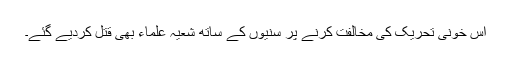
اس خونی تحریک کی مخالفت کرنے پر سنیوں کے ساتھ شعیہ علماء بھی قتل کردیے گئے۔